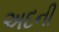
અદની